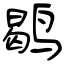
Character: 鹖